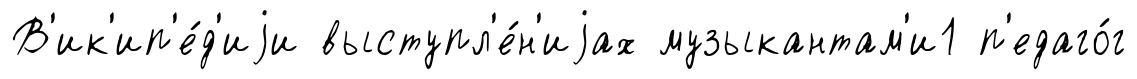
В'ик'ип'е́д'иjи выступл'е́н'иjах музыкантам'и1 п'едаго́г